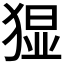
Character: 𭸚